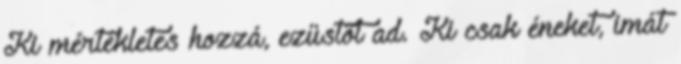
Ki mértékletes hozzá, ezüstöt ad. Ki csak éneket, imát